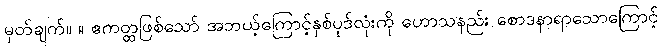
မှတ်ချက်။ ။ ဧကတ္ထဖြစ်သော် အဘယ့်ကြောင့်နှစ်ပုဒ်လုံးကို ဟောသနည်း စောဒနာရာသောကြောင့်